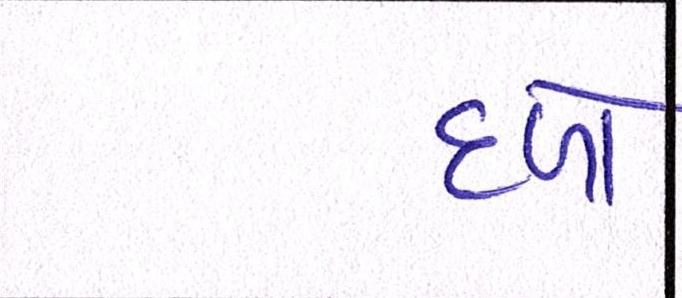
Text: દળો